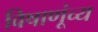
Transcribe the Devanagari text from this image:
विषाणूंच्य